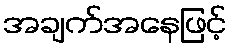
အချက်အနေဖြင့်